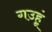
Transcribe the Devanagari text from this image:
गउहूं